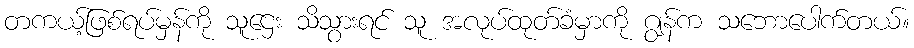
တကယ့်ဖြစ်ရပ်မှန်ကို သူဌေး သိသွားရင် သူ အလုပ်ထုတ်ခံမှာကို ဂျွန်က သဘောပေါက်တယ်။